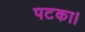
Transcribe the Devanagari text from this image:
पटका।